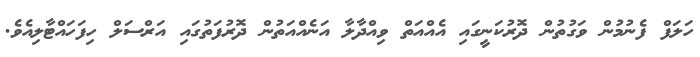
ހަލަފް ފެނުމުން ވަގުތުން ދޮރުކަނީގައި އެއްއަތް ވިއްދާލާ އަނެއްއަތުން ދޮރުފަތުގައި އަރްސަލް ހިފަހައްޓާލިއެވެ.